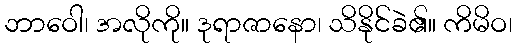
ဘာဝေါ၊ အလိုကို။ ဒုရာဇာနော၊ သိနိုင်ခဲ၏။ ကိမိဝ၊